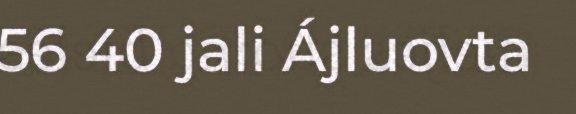
56 40 jali Ájluovta